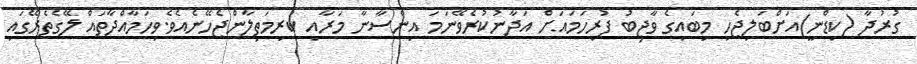
ގުރުދާ (ކިޑްނީ)އަށްބަލިޖެހި މިބައިގެ ވާޖިބު ފުރިހަމައަށް އަދާނުކުރެވޭނަމަ އިންސާނާ މަރާއި ކުރިމަތިލާންޖެހޭނެއެވެ.ވިހަމާއްދާތައް ލޭގެތެރޭގައި